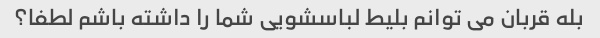
بله قربان می توانم بلیط لباسشویی شما را داشته باشم لطفا؟